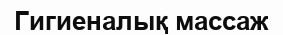
Гигиеналық массаж